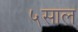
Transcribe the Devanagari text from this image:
५साल